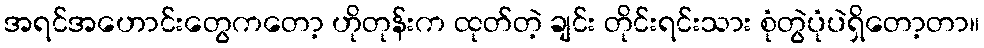
အရင်အဟောင်းတွေကတော့ ဟိုတုန်းက ထုတ်တဲ့ ချင်း တိုင်းရင်းသား စုံတွဲပုံပဲရှိတော့တာ။